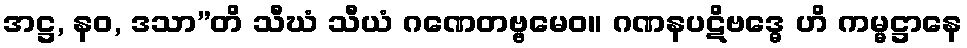
အဋ္ဌ, နဝ, ဒသာ”တိ သီဃံ သီယံ ဂဏေတဗ္ဗမေဝ။ ဂဏနပဋိဗဒ္ဓေ ဟိ ကမ္မဋ္ဌာနေ